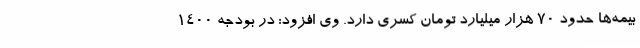
بیمه‌ها حدود 70 هزار میلیارد تومان کسری دارد. وی افزود: در بودجه 1400